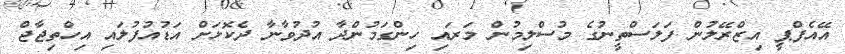
އޭއެފްޕީ އިޒްރޭލުން ފަލަސްތީނުގެ މުސްލިމުން މަރައި ހިންގަމުންދާ އުދުވާނާ ދެކޮޅަށް އަޑުއުފުލައި އިހްތިޖާޖް